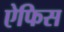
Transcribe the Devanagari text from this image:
ऐफिस